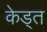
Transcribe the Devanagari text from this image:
केड्त